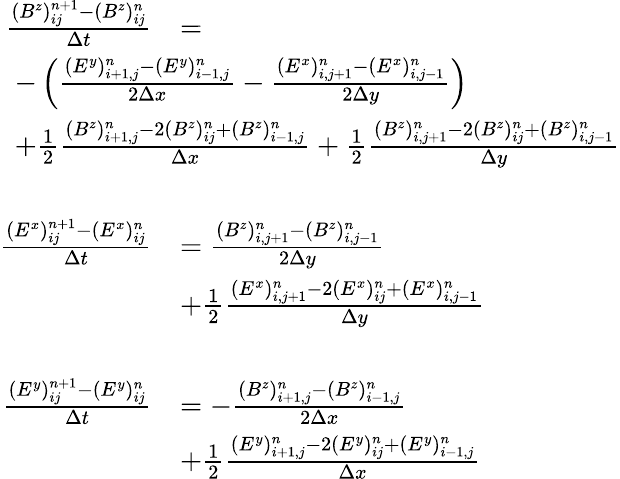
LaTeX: \begin{array}{rl}{\frac{(B^{z})_{ij}^{n+1}-(B^{z})_{ij}^{n}}{\Delta t}}&{=}\\ &{\! \! \! \! \! \! \! \! \! \! \! \! \! \! \! \! \! \! \! \! \! \! \! \! \! \! \! \! \! \! \! \! \! \! \! -\left(\frac{(E^{y})_{i+1,j}^{n}-(E^{y})_{i-1,j}^{n}}{2\Delta x}-\frac{(E^{x})_{i,j+1}^{n}-(E^{x})_{i,j-1}^{n}}{2\Delta y}\right)}\\ &{\! \! \! \! \! \! \! \! \! \! \! \! \! \! \! \! \! \! \! \! \! \! \! \! \! \! \! \! \! \! \! \! \! \! \! +\frac 12\frac{(B^{z})_{i+1,j}^{n}-2(B^{z})_{ij}^{n}+(B^{z})_{i-1,j}^{n}}{\Delta x}+\frac 12\frac{(B^{z})_{i,j+1}^{n}-2(B^{z})_{ij}^{n}+(B^{z})_{i,j-1}^{n}}{\Delta y}}\\ {\phantom{m}}\\ {\frac{(E^{x})_{ij}^{n+1}-(E^{x})_{ij}^{n}}{\Delta t}}&{=\frac{(B^{z})_{i,j+1}^{n}-(B^{z})_{i,j-1}^{n}}{2\Delta y}}\\ &{+\frac 12\frac{(E^{x})_{i,j+1}^{n}-2(E^{x})_{ij}^{n}+(E^{x})_{i,j-1}^{n}}{\Delta y}}\\ {\phantom{m}}\\ {\frac{(E^{y})_{ij}^{n+1}-(E^{y})_{ij}^{n}}{\Delta t}}&{=-\frac{(B^{z})_{i+1,j}^{n}-(B^{z})_{i-1,j}^{n}}{2\Delta x}}\\ &{+\frac 12\frac{(E^{y})_{i+1,j}^{n}-2(E^{y})_{ij}^{n}+(E^{y})_{i-1,j}^{n}}{\Delta x}}\end{array}